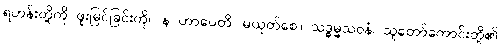
ရဟန်းတို့ကို ဖူးမြင်ခြင်းကို။ န ဟာပေတိ၊ မယုတ်စေ။ သဒ္ဓမ္မသဝနံ၊ သူတော်ကောင်းတို့၏